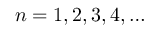
n = 1 , 2 , 3 , 4 , \dots